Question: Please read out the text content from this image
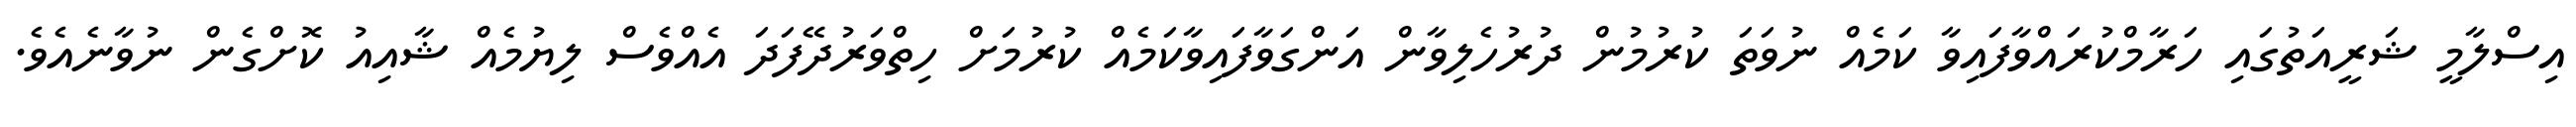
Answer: އިސްލާމީ ޝަރީއަތުގައި ހަރާމްކުރައްވާފައިވާ ކަމެއް ނުވަތަ ކުރުމުން ދުރުހެލިވާން އަންގަވާފައިވާކަމެއް ކުރުމަށް ހިތްވަރުދޭފަދަ އެއްވެސް ލިޔުމެއް ޝާއިއު ކޮށްގެން ނުވާނެއެވެ.